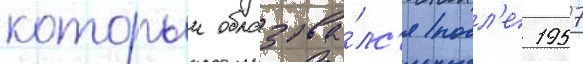
которыи образова́лс'я посл'е 1957